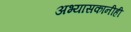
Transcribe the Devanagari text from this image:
अभ्यासकानीही